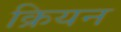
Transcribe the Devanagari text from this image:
क्रियन